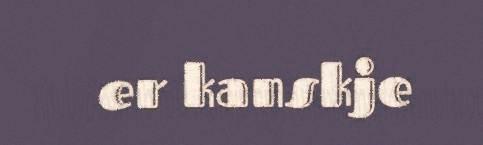
er kanskje